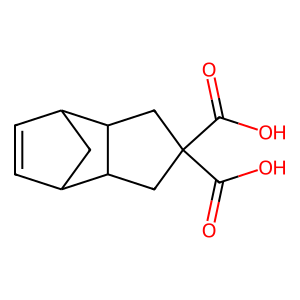
SMILES: O=C(O)C1(C(=O)O)CC2C3C=CC(C3)C2C1
Inhibits HIV replication: No